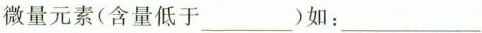
微量元素(含量低于___)如：___